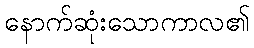
နောက်ဆုံးသောကာလ၏